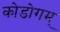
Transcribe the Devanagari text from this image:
कोडोगम्